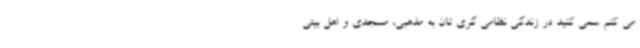
می کنم سعی کنید در زندگی نظامی گری تان به مذهبی، مسجدی و اهل بیتی